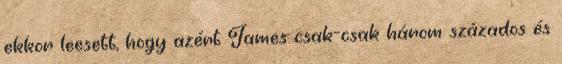
ekkor leesett, hogy azért James csak-csak három százados és